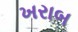
ખરાબ